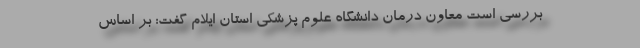
بررسی است معاون درمان دانشگاه علوم پزشکی استان ایلام گفت: بر اساس